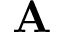
\mathbf { A }